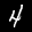
Label: 4